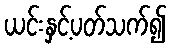
ယင်းနှင့်ပတ်သက်၍